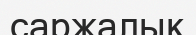
саржалық